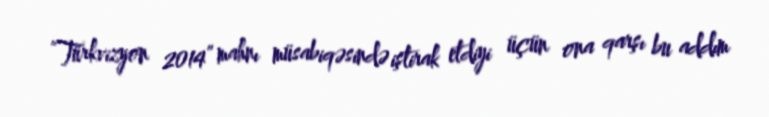
“Türkvizyon 2014” mahnı müsabiqəsində iştirak etdiyi üçün ona qarşı bu addım